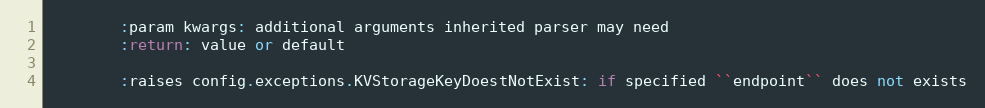
Language: Python
        :param kwargs: additional arguments inherited parser may need
        :return: value or default

        :raises config.exceptions.KVStorageKeyDoestNotExist: if specified ``endpoint`` does not exists